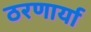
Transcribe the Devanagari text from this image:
ठरणार्या